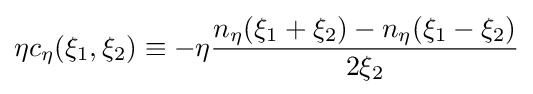
\eta c_{\eta }(\xi _{1},\xi _{2})\equiv -\eta {\frac {n_{\eta }(\xi _{1}+\xi _{2})-n_{\eta }(\xi _{1}-\xi _{2})}{2\xi _{2}}}